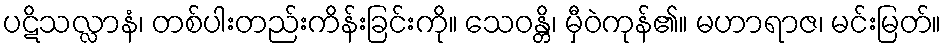
ပဋိသလ္လာနံ၊ တစ်ပါးတည်းကိန်းခြင်းကို။ သေဝန္တိ၊ မှီဝဲကုန်၏။ မဟာရာဇ၊ မင်းမြတ်။